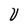
Character: V